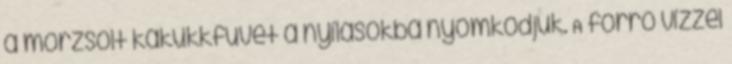
a morzsolt kakukkfüvet a nyílásokba nyomkodjuk. A forró vízzel